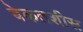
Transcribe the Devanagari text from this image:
बेकतशीस